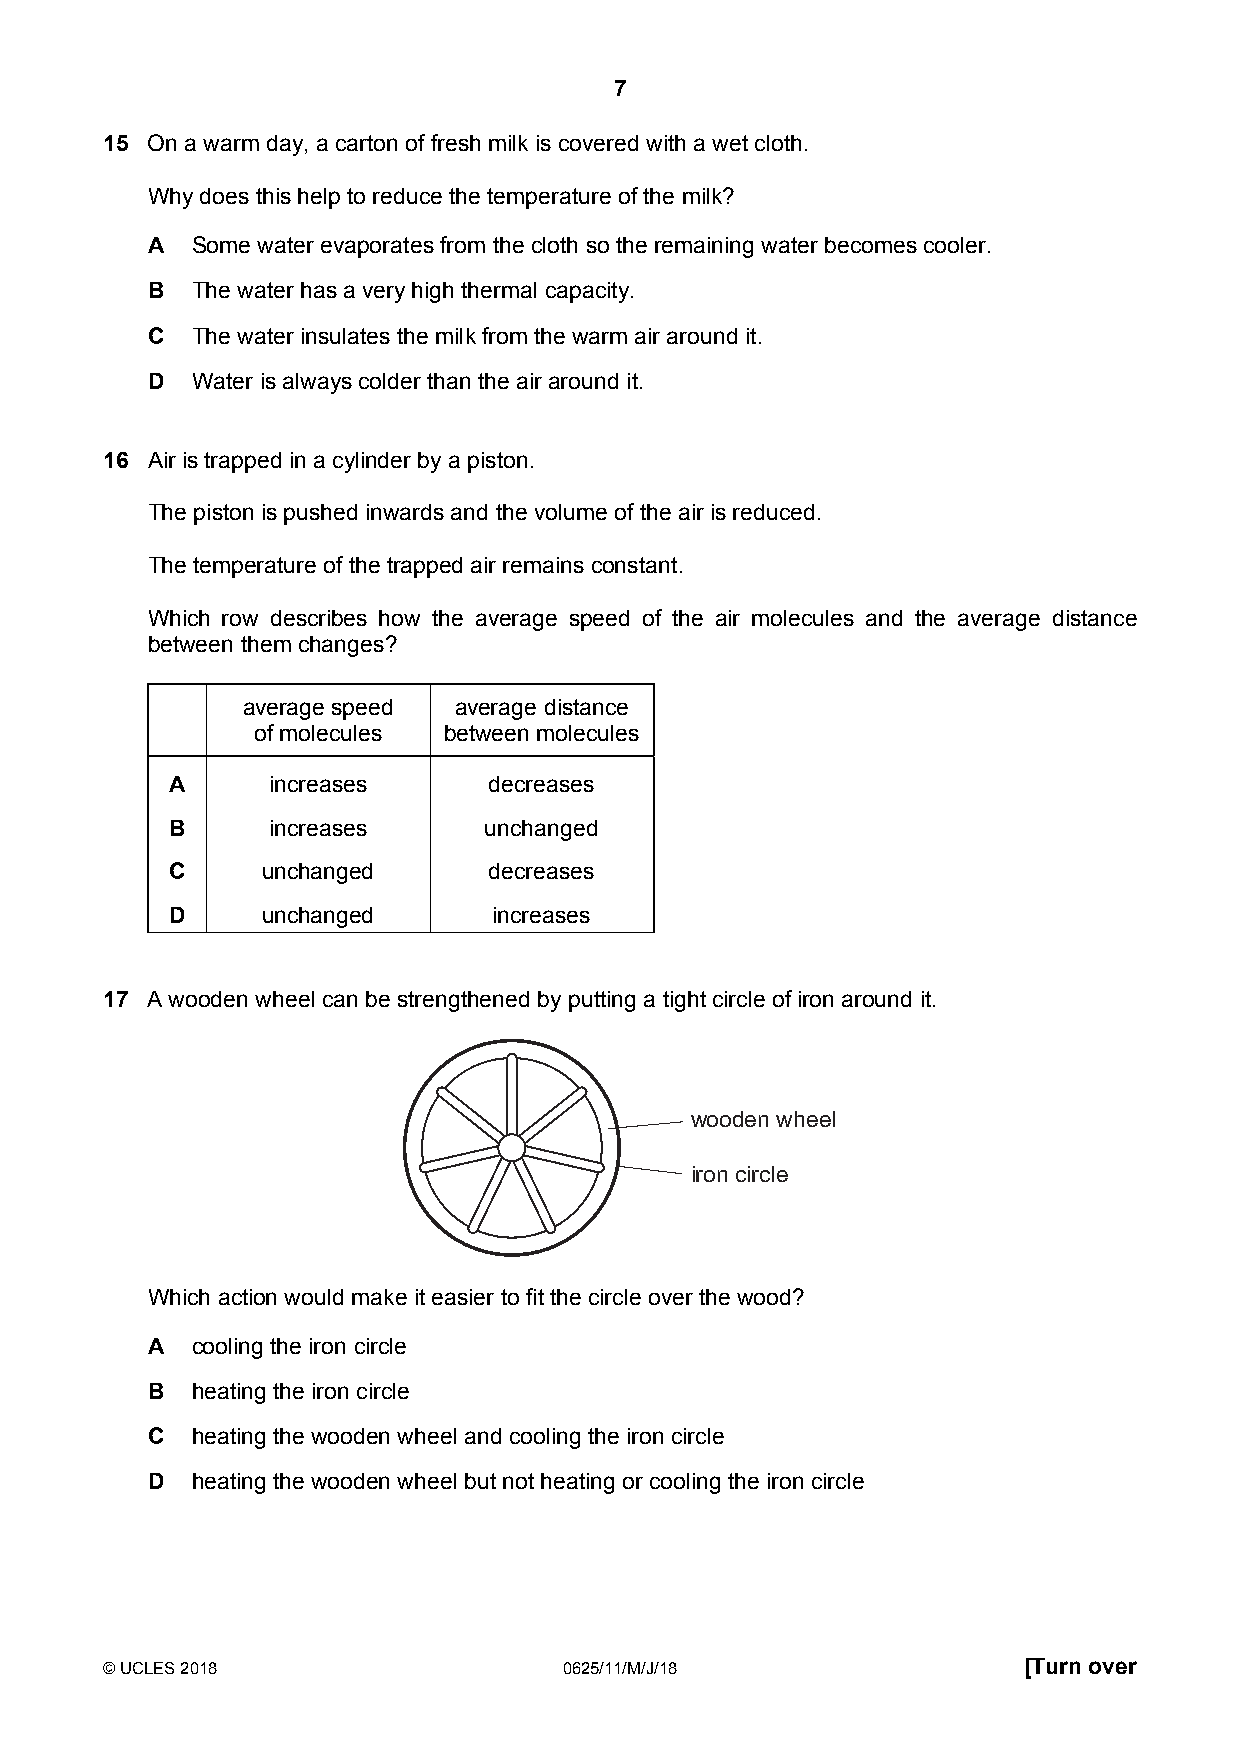
7
 15 On a warm day, a carton of fresh milk is covered with a wet cloth.
 Why does this help to reduce the temperature of the milk?
 A  Some water evaporates from the cloth so the remaining water becomes cooler.
 B  The water has a very high thermal capacity.
 C  The water insulates the milk from the warm air around it.
 D  Water is always colder than the air around it.
 16 Air is trapped in a cylinder by a piston.
 The piston is pushed inwards and the volume of the air is reduced.
 The temperature of the trapped air remains constant.
 Which row describes how the average speed of the air molecules and the average distance
 between them changes?
 average speed average distance
 of molecules between molecules
 A      increases     decreases
 B      increases     unchanged
 C     unchanged      decreases
 D     unchanged       increases
 17 A wooden wheel can be strengthened by putting a tight circle of iron around it.
 wooden wheel
 iron circle
 Which action would make it easier to fit the circle over the wood?
 A  cooling the iron circle
 B  heating the iron circle
 C  heating the wooden wheel and cooling the iron circle
 D  heating the wooden wheel but not heating or cooling the iron circle
 © UCLES 2018                  0625/11/M/J/18                 [Turn over